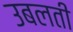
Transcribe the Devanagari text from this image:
उबलती